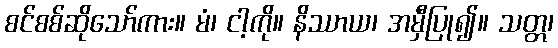
စင်စစ်ဆိုသော်ကား။ မံ၊ ငါ့ကို။ နိဿာယ၊ အမှီပြု၍။ သတ္တ၊